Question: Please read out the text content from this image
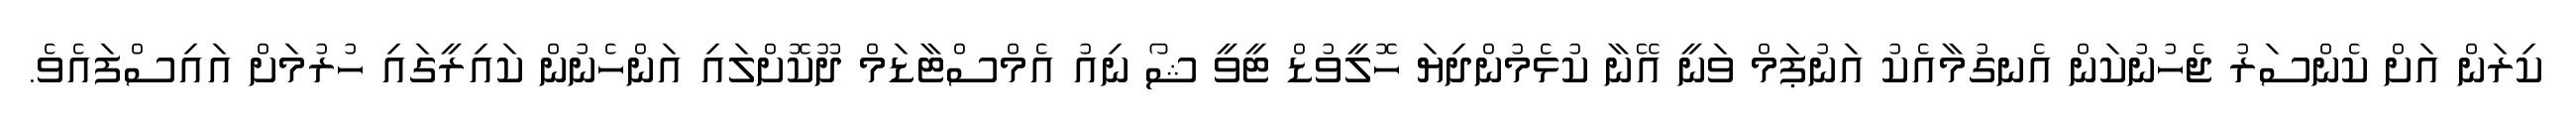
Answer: ކިރަން އަށް ކެންސަރު ޖެހުނުކަން އެނގުމާއެކު އަނުޕަމް ވަނީ އޭނާ ކުޅެމުންދިޔަ ހޮލީވުޑް ޓީވީ ޝޯ ނިއު އެމްސްޓާޑަމް ދޫކޮށްލައި އަންހެނުން ކައިރީގައި ހުރުމަށް އައިސްފައެވެ.